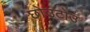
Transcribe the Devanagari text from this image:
छोउटोउ